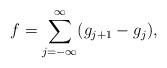
LaTeX: \begin{align*} f=\sum_{j=-\infty}^\infty (g_{j+1}-g_j),\end{align*}